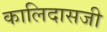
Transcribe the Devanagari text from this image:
कालिदासजी